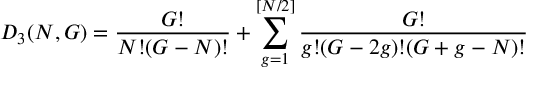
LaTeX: D _ { 3 } ( N , G ) = \frac { G ! } { N ! ( G - N ) ! } + \sum _ { g = 1 } ^ { [ N / 2 ] } \frac { G ! } { g ! ( G - 2 g ) ! ( G + g - N ) ! }